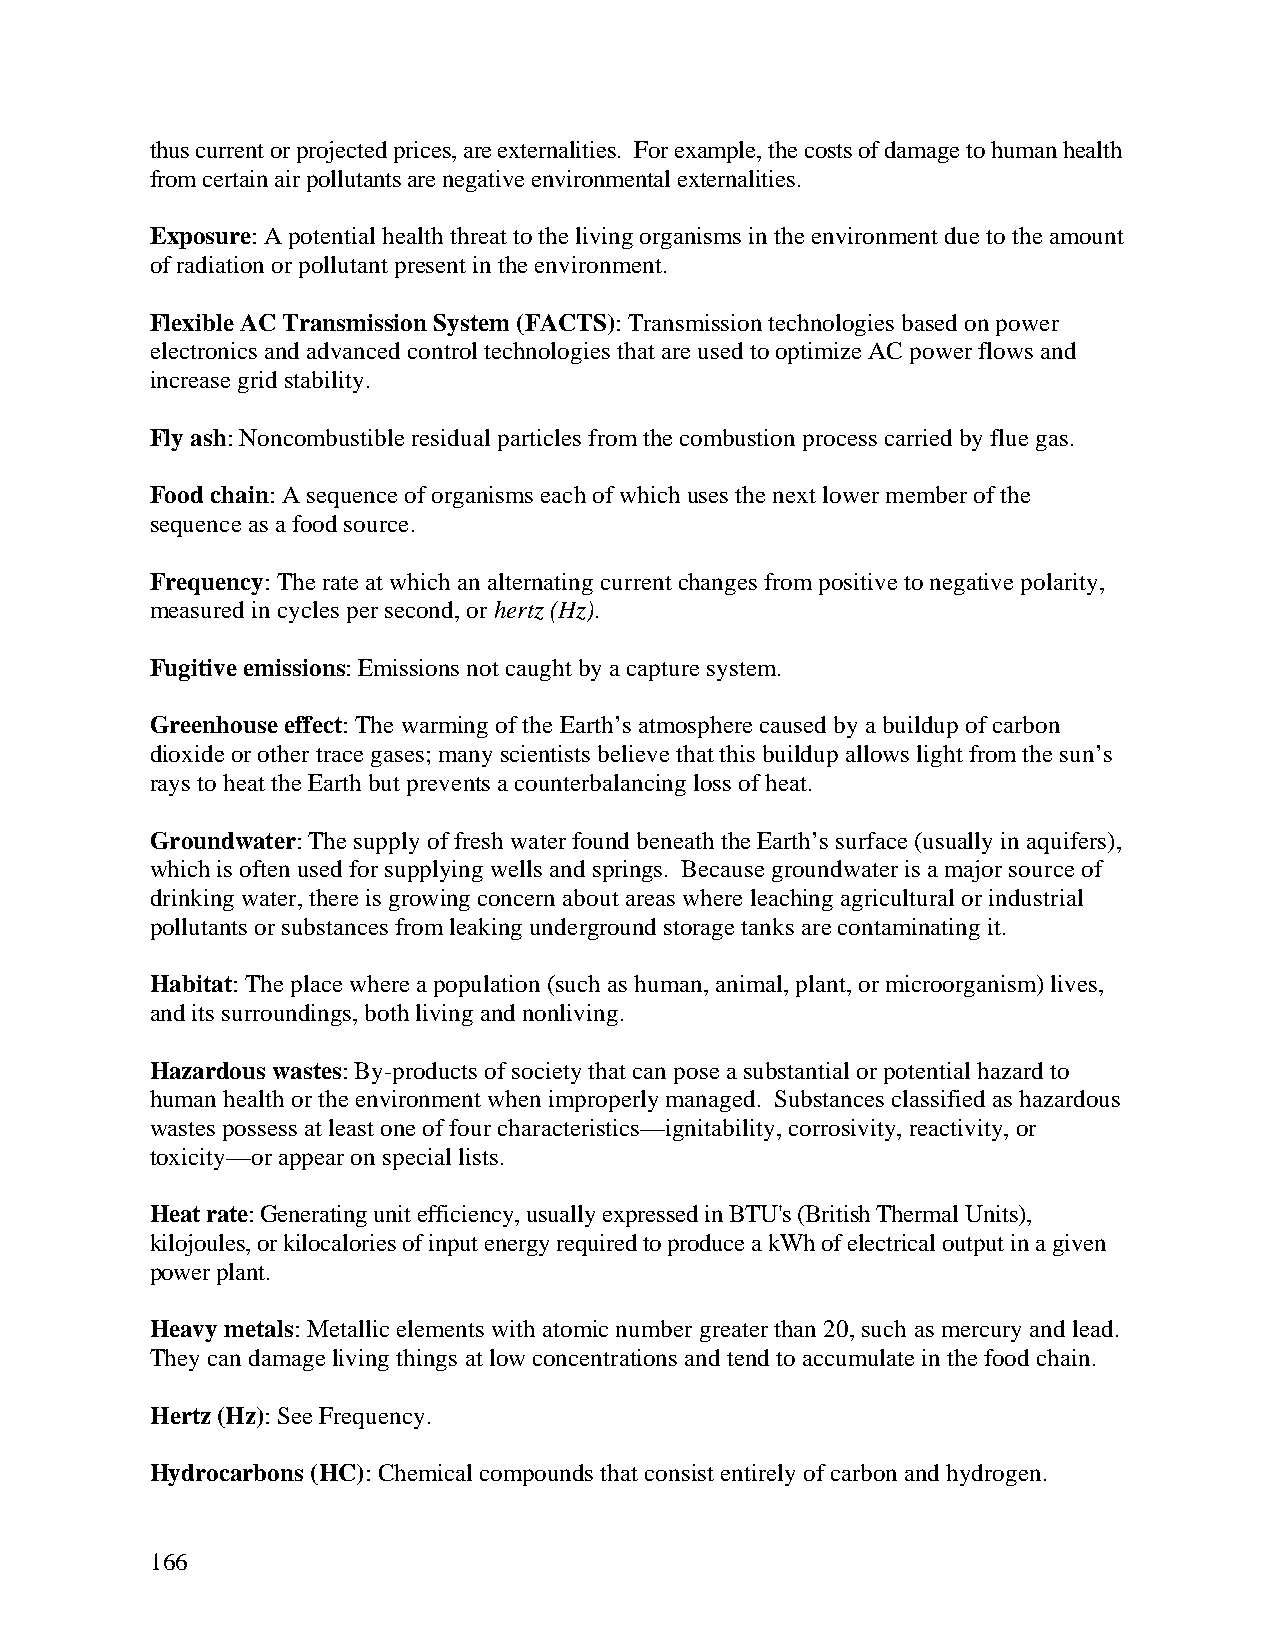
thus current or projected prices, are externalities. For example, the costs of damage to human health
 from certain air pollutants are negative environmental externalities.
 Exposure: A potential health threat to the living organisms in the environment due to the amount
 of radiation or pollutant present in the environment.
 Flexible AC Transmission System (FACTS): Transmission technologies based on power
 electronics and advanced control technologies that are used to optimize AC power flows and
 increase grid stability.
 Fly ash: Noncombustible residual particles from the combustion process carried by flue gas.
 Food chain: A sequence of organisms each of which uses the next lower member of the
 sequence as a food source.
 Frequency: The rate at which an alternating current changes from positive to negative polarity,
 measured in cycles per second, or hertz (Hz).
 Fugitive emissions: Emissions not caught by a capture system.
 Greenhouse effect: The warming of the Earth’s atmosphere caused by a buildup of carbon
 dioxide or other trace gases; many scientists believe that this buildup allows light from the sun’s
 rays to heat the Earth but prevents a counterbalancing loss of heat.
 Groundwater: The supply of fresh water found beneath the Earth’s surface (usually in aquifers),
 which is often used for supplying wells and springs. Because groundwater is a major source of
 drinking water, there is growing concern about areas where leaching agricultural or industrial
 pollutants or substances from leaking underground storage tanks are contaminating it.
 Habitat: The place where a population (such as human, animal, plant, or microorganism) lives,
 and its surroundings, both living and nonliving.
 Hazardous wastes: By-products of society that can pose a substantial or potential hazard to
 human health or the environment when improperly managed. Substances classified as hazardous
 wastes possess at least one of four characteristics—ignitability, corrosivity, reactivity, or
 toxicity—or appear on special lists.
 Heat rate: Generating unit efficiency, usually expressed in BTU's (British Thermal Units),
 kilojoules, or kilocalories of input energy required to produce a kWh of electrical output in a given
 power plant.
 Heavy metals: Metallic elements with atomic number greater than 20, such as mercury and lead.
 They can damage living things at low concentrations and tend to accumulate in the food chain.
 Hertz (Hz): See Frequency.
 Hydrocarbons (HC): Chemical compounds that consist entirely of carbon and hydrogen.
 166